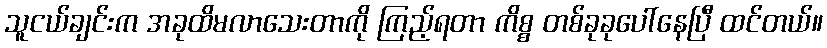
သူငယ်ချင်းက အခုထိမလာသေးတာကို ကြည့်ရတာ ကိစ္စ တစ်ခုခုပေါ်နေပြီ ထင်တယ်။